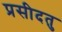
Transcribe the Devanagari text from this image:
प्रसीदतु